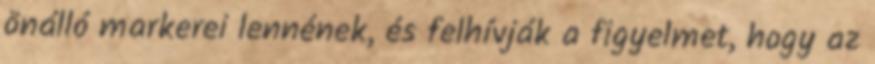
önálló markerei lennének, és felhívják a figyelmet, hogy az